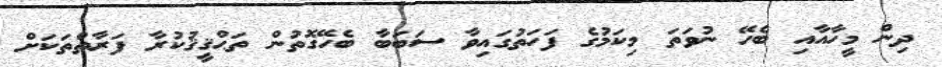
ދިން މީހާއާއި ބެހޭ ނުވަތަ މިކަމުގެ ފަހަތުގައިވާ ސަބަބާ ބެހޭގޮތުން ތަޙްޤީޤުކުރާ ފަރާތްތަކަށް